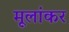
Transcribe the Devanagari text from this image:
मूलांकर